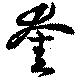
奎